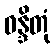
ဝန္ဒိတုံ